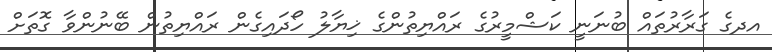
އދގެ ގަރާރުތައް ބުނަނީ ކަޝްމީރުގެ ރައްޔިތުންގެ ޚިޔާލު ހޯދައިގެން ރައްޔިތުން ބޭނުންވާ ގޮތަށް